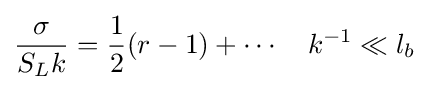
{\frac {\sigma }{S_{L}k}}={\frac {1}{2}}(r-1)+\cdots \quad k^{-1}\ll l_{b}